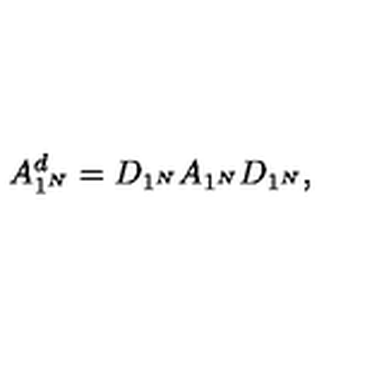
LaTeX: A _ { 1 ^ { N } } ^ { d } = D _ { 1 ^ { N } } A _ { 1 ^ { N } } D _ { 1 ^ { N } } ,